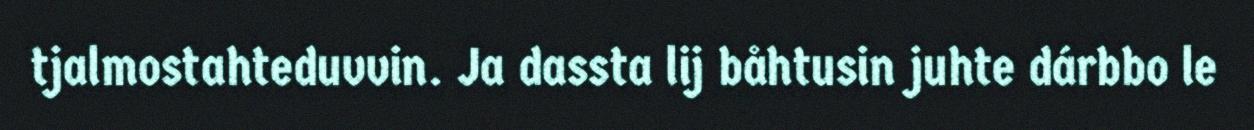
tjalmostahteduvvin. Ja dassta lij båhtusin juhte dárbbo le